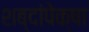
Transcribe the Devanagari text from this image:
शब्दांपेक्षा